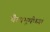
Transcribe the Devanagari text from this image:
चैत्यभूमीच्या